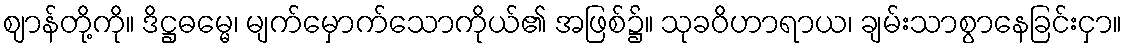
ဈာန်တို့ကို။ ဒိဋ္ဌဓမ္မေ၊ မျက်မှောက်သောကိုယ်၏ အဖြစ်၌။ သုခဝိဟာရာယ၊ ချမ်းသာစွာနေခြင်းငှာ။